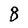
Character: 8